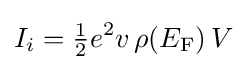
I_{i}={\tfrac {1}{2}}e^{2}v\,\rho (E_{\text{F}})\,V